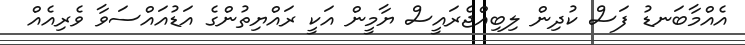
އެއްމާބަނޑު ފަސް ކުދިން ލިބިއްޖެރައީސް ޔާމީން އަކީ ރައްޔިތުންގެ އަޑުއައްސަވާ ވެރިއެއް